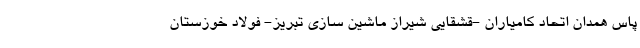
پاس همدان اتحاد کامیاران -قشقایی شیراز ماشین سازی تبریز- فولاد خوزستان